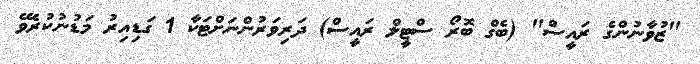
"ޒުވާނުންގެ ރައީސް" (ބެގް ބޮރޯ ސްޓީލް ރައީސް) ދަރިވަރުންނަށްޓަކާ 1 ގަޑިއިރު މަޑުނުކުރެވޭ